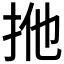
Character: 𢫌